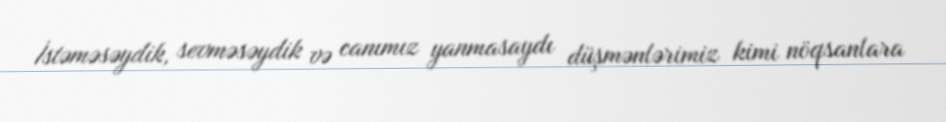
İstəməsəydik, sevməsəydik və canımız yanmasaydı düşmənlərimiz kimi nöqsanlara